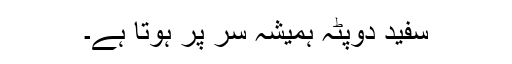
سفید دوپٹہ ہمیشہ سر پر ہوتا ہے۔